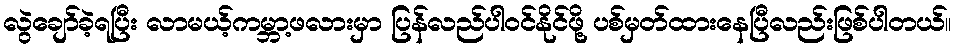
လွဲချော်ခဲ့ရပြီး လာမယ့်ကမ္ဘာ့ဖလားမှာ ပြန်လည်ပါဝင်နိုင်ဖို့ ပစ်မှတ်ထားနေပြီလည်းဖြစ်ပါတယ်။